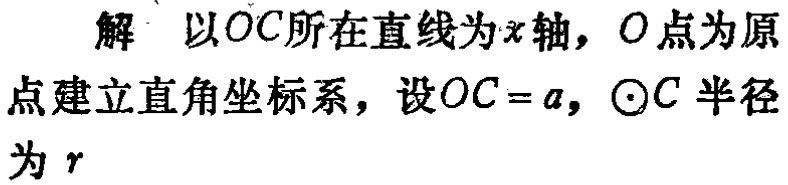
解 以\(OC\)所在直线为\(x\)轴，\(O\)点为原点建立直角坐标系，设\(OC = a\)，\(\odot C\)半径为\(r\)